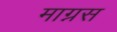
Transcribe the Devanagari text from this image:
माग्नस